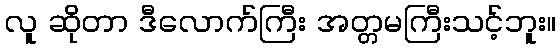
လူ ဆိုတာ ဒီလောက်ကြီး အတ္တမကြီးသင့်ဘူး။